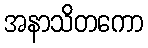
အနာသိတကော